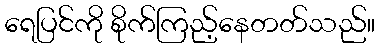
ရေပြင်ကို စိုက်ကြည့်နေတတ်သည်။